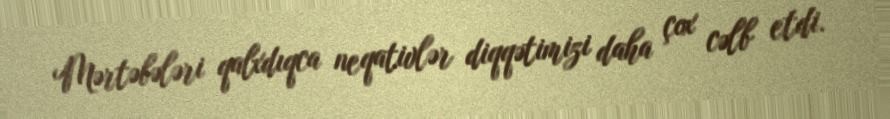
Mərtəbələri qalxdıqca neqativlər diqqətimizi daha çox cəlb etdi.